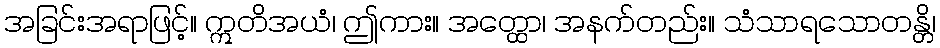
အခြင်းအရာဖြင့်။ ဣတိအယံ၊ ဤကား။ အတ္ထော၊ အနက်တည်း။ သံသာရသောတန္တိ၊